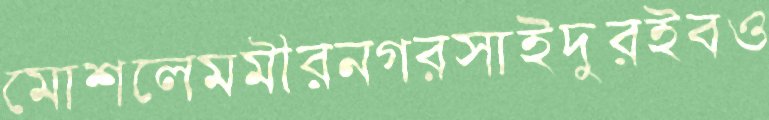
মোশলেমমীরনগরসাইদুরইবও